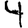
Digit: 4